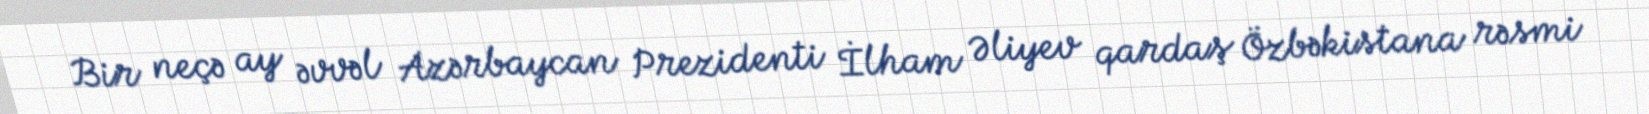
Bir neçə ay əvvəl Azərbaycan Prezidenti İlham Əliyev qardaş Özbəkistana rəsmi